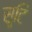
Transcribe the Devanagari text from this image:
सृ्टि